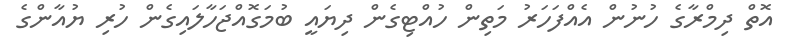
އޮތް ދިމްރާގެ ހުނުން އެއްފަހަރު މަތިން ހުއްޓިގެން ދިޔައީ ބުމަގޮއްޖަހާލައިގެން ހުރި ޔުއާންގެ